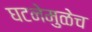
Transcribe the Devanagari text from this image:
घटनेमुळेच